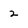
Character: 2